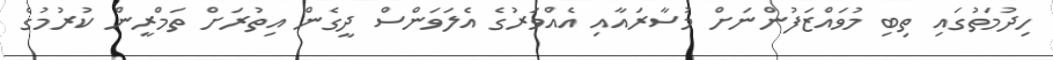
ހިދުމަތުގައި ތިބި މުވައްޒަފުންނަށް މުސާރައާއި އެއްވަރުގެ އެލަވަންސް ދީގެން އިތުރަށް ތަމްރީން ކުރުމުގެ